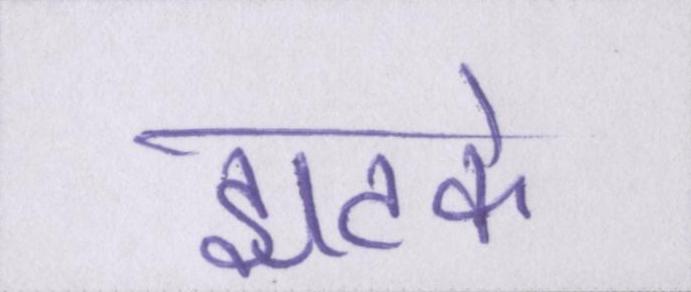
झटके